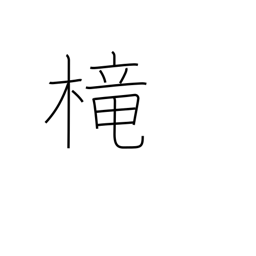
Meaning: cage